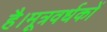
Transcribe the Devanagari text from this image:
है।मूत्रवर्धकों